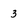
Character: 3